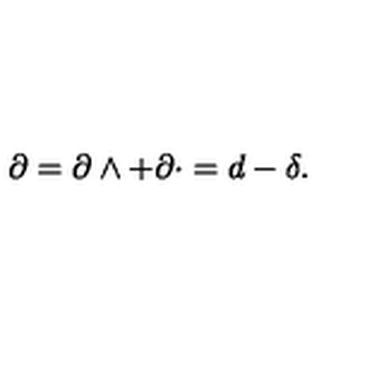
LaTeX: \partial = \partial \wedge + \partial \cdot = d - \delta .